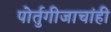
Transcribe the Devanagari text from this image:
पोर्तुगीजाचांही